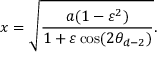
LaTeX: x = \sqrt { \frac { a ( 1 - \varepsilon ^ { 2 } ) } { 1 + \varepsilon \cos ( 2 \theta _ { d - 2 } ) } } .